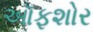
ઑફશોર